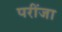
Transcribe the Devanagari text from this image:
परींजा